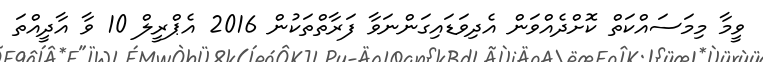
ވީމާ މިމަސައްކަތް ކޮށްދެއްވަން އެދިވަޑައިގަންނަވާ ފަރާތްތަކުން 2016 އެޕްރީލް 10 ވާ އާދީއްތަ